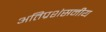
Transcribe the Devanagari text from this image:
अतिप्रशंसनीय